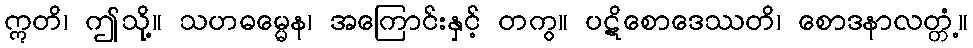
ဣတိ၊ ဤသို့။ သဟဓမ္မေန၊ အကြောင်းနှင့် တကွ။ ပဋိစောဒေဿတိ၊ စောဒနာလတ္တံ့။